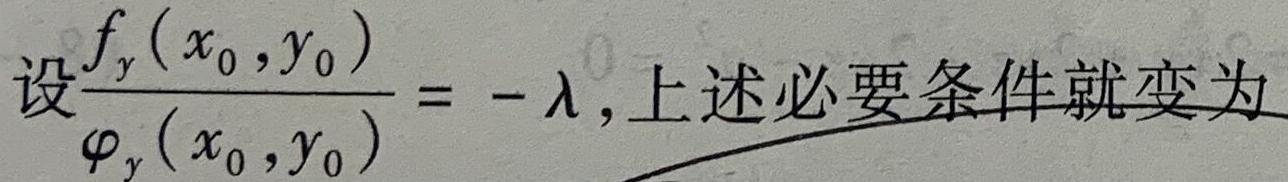
设$\frac{f_y(x_0,y_0)}{\varphi_y(x_0,y_0)} = -\lambda$,上述必要条件就变为